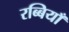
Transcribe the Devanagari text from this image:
रब्बियाँ